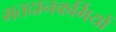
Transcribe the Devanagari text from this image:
मतदानकर्मियों